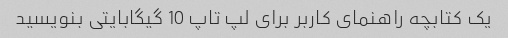
یک کتابچه راهنمای کاربر برای لپ تاپ 10 گیگابایتی بنویسید